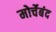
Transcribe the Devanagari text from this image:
मोर्चेबंद